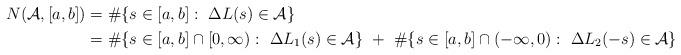
LaTeX: \begin{align*} \begin{aligned} N(\mathcal A, [a,b]) &= \# \{s \in [a,b]: \ \Delta L(s) \in \mathcal A\} \\ &= \# \{s \in [a,b] \cap [0,\infty): \ \Delta L_1(s) \in \mathcal A\} \ + \ \# \{s \in [a,b] \cap (-\infty,0): \ \Delta L_2(-s) \in \mathcal A\} \end{aligned}\end{align*}